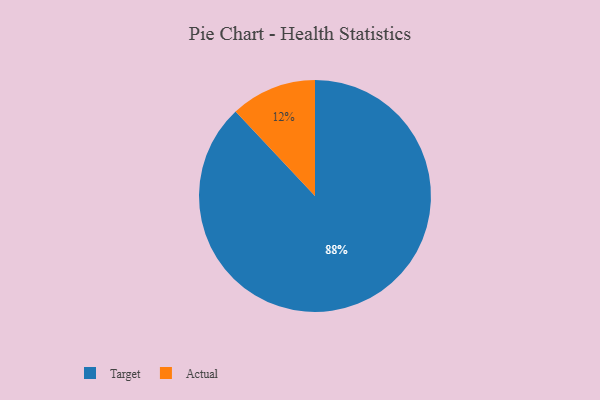
{"axis": {"x": "Category", "y": "Percentage"}, "legend": ["Actual", "Target"], "data": [{"x": "Target", "y": 88, "type": "Target"}, {"x": "Actual", "y": 12, "type": "Actual"}]}